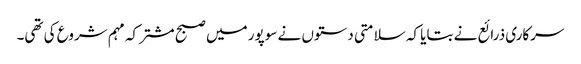
سرکاری ذرائع نے بتایا کہ سلامتی دستوں نے سوپور میں صبح مشترکہ مہم شروع کی تھی۔